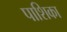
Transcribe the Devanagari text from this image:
पाशिका